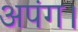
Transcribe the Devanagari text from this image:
अपंग।